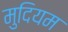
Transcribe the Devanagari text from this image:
मुदियम